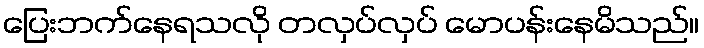
ပြေးဘက်နေရသလို တလှပ်လှပ် မောပန်းနေမိသည်။